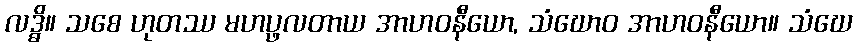
လဒ္ဓိ။ သစေ ဟုတဿ မဟပ္ဖလတာယ အာဟဝနီယော, သံဃောဝ အာဟဝနီယော။ သံဃေ